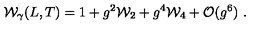
{ \cal W } _ { \gamma } ( L , T ) = 1 + g ^ { 2 } { \cal W } _ { 2 } + g ^ { 4 } { \cal W } _ { 4 } + { \cal O } ( g ^ { 6 } ) \ .